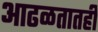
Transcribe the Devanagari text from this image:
आढळतातही